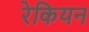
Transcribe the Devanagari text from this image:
रेकियन